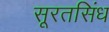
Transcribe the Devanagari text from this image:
सूरतसिंध